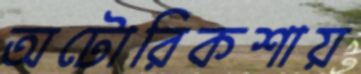
অটোরিকশায়